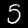
Digit: 5